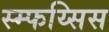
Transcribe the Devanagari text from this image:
स्म्फय्सिस